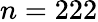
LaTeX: n=222